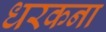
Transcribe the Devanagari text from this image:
धरकना